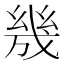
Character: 㡬